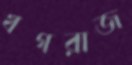
খগরাজ